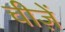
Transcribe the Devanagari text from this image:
चीजे़ं